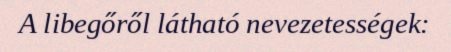
A libegőről látható nevezetességek: